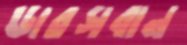
ডারসবান